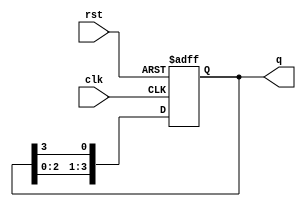
module BistableRingCounter #(
    parameter N = 4   // Number of flip-flops
)(
    input wire clk,        // Clock signal
    input wire rst,        // Asynchronous reset signal
    output reg [N-1:0] q   // Output representing the state of the counter
);

// Initial state on reset
always @(posedge clk or posedge rst) begin
    if (rst) begin
        // Initialize the counter to the state `100...0`
        q <= (1'b1 << (N-1)); // Set the highest bit to '1' and the others to '0'
    end else begin
        // Shift the '1' bit to the right
        q <= {q[N-2:0], q[N-1]}; // Circular shift right
    end
end

endmodule